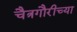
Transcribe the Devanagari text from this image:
चैत्रगौरीच्या